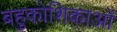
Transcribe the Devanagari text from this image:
बहुकोशिकाओं